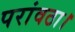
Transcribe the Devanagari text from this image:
परांवठा।